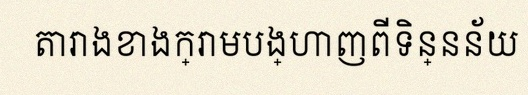
តារាងខាងក្រោមបង្ហាញពីទិន្នន័យ